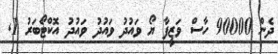
ދެން 90000 ހާސް ވަޒީފާ ޔޯ ވައުދު ވައުދު ވައުދު އޮކްޓޯބަރު 1